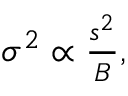
\begin{array} { r } { \sigma ^ { 2 } \propto \frac { s ^ { 2 } } { B } , } \end{array}